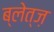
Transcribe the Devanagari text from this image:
ब्लेत्ज़